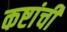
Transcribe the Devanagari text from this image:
कष्टांची